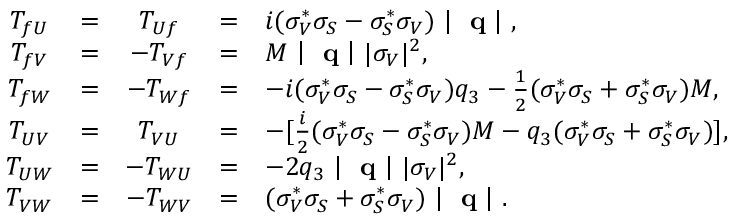
\begin{array} { c c c c l } { { T _ { f U } } } & { { = } } & { { T _ { U f } } } & { { = } } & { { i ( \sigma _ { V } ^ { \ast } \sigma _ { S } - \sigma _ { S } ^ { \ast } \sigma _ { V } ) \mathrm { ~ \left| ~ { \bf ~ q } ~ \right| ~ } , } } \\ { { T _ { f V } } } & { { = } } & { { - T _ { V f } } } & { { = } } & { { M \mathrm { ~ \left| ~ { \bf ~ q } ~ \right| ~ } | \sigma _ { V } | ^ { 2 } , } } \\ { { T _ { f W } } } & { { = } } & { { - T _ { W f } } } & { { = } } & { { - i ( \sigma _ { V } ^ { \ast } \sigma _ { S } - \sigma _ { S } ^ { \ast } \sigma _ { V } ) q _ { 3 } - \frac { 1 } { 2 } ( \sigma _ { V } ^ { \ast } \sigma _ { S } + \sigma _ { S } ^ { \ast } \sigma _ { V } ) M , } } \\ { { T _ { U V } } } & { { = } } & { { T _ { V U } } } & { { = } } & { { - [ \frac { i } { 2 } ( \sigma _ { V } ^ { \ast } \sigma _ { S } - \sigma _ { S } ^ { \ast } \sigma _ { V } ) M - q _ { 3 } ( \sigma _ { V } ^ { \ast } \sigma _ { S } + \sigma _ { S } ^ { \ast } \sigma _ { V } ) ] , } } \\ { { T _ { U W } } } & { { = } } & { { - T _ { W U } } } & { { = } } & { { - 2 q _ { 3 } \mathrm { ~ \left| ~ { \bf ~ q } ~ \right| ~ } | \sigma _ { V } | ^ { 2 } , } } \\ { { T _ { V W } } } & { { = } } & { { - T _ { W V } } } & { { = } } & { { ( \sigma _ { V } ^ { \ast } \sigma _ { S } + \sigma _ { S } ^ { \ast } \sigma _ { V } ) \mathrm { ~ \left| ~ { \bf ~ q } ~ \right| ~ } . } } \end{array}